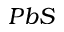
P b S